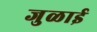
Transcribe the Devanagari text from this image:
जुळाई